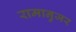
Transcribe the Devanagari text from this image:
रामानुजर